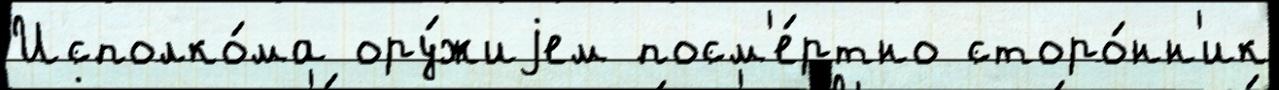
Исполко́ма ору́жиjем посм'е́ртно сторо́нн'ик